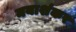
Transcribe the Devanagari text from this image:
मयाशंकर